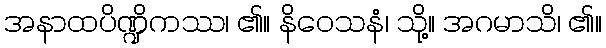
အနာထပိဏ္ဍိကဿ၊ ၏။ နိဝေသနံ၊ သို့။ အဂမာသိ၊ ၏။